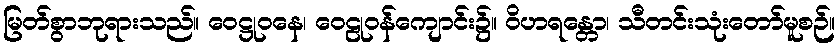
မြတ်စွာဘုရားသည်။ ဝေဋ္ဌုဝနေ၊ ဝေဠုဝန်ကျောင်း၌။ ဝိဟရန္တော၊ သီတင်းသုံးတော်မူစဉ်။